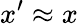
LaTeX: x^{\prime}\approx x